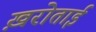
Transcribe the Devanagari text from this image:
ख़रोताई